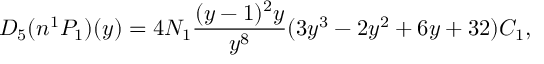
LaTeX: D _ { 5 } ( n ^ { 1 } P _ { 1 } ) ( y ) = 4 N _ { 1 } \frac { ( y - 1 ) ^ { 2 } y } { y ^ { 8 } } ( 3 y ^ { 3 } - 2 y ^ { 2 } + 6 y + 3 2 ) C _ { 1 } ,